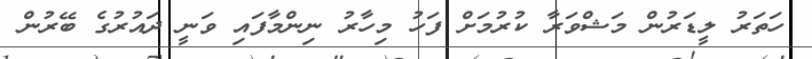
ހަތަރު ލީޑަރުން މަޝްވަރާ ކުރުމަށް ފަހު މިހާރު ނިންމާފައި ވަނީ ދައުރުގެ ބޭރުން